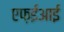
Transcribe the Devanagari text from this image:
एफ़ईआई